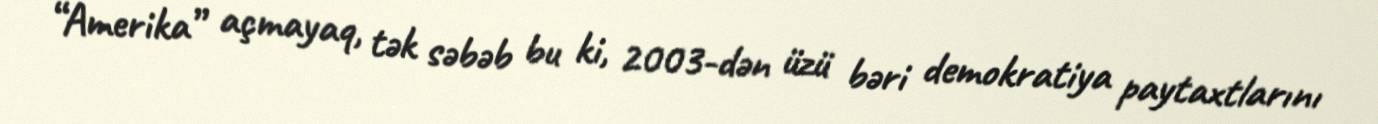
“Amerika” açmayaq, tək səbəb bu ki, 2003-dən üzü bəri demokratiya paytaxtlarını